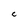
Character: C